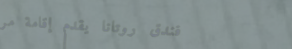
فندق روتانا يقدم إقامة مر